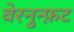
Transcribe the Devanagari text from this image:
वेरनुन्फ़ट